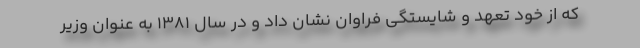
که از خود تعهد و شایستگی فراوان نشان داد و در سال ۱۳۸۱ به عنوان وزیر